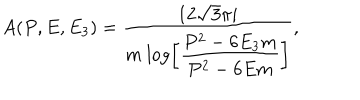
LaTeX: A ( P , E , E _ { 3 } ) = { \frac { 1 2 \sqrt { 3 } \pi i } { m ~ \displaystyle { \log \left[ { \frac { P ^ { 2 } - 6 E _ { 3 } m } { P ^ { 2 } - 6 E m } } \right] } } } ,